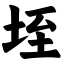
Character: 垤